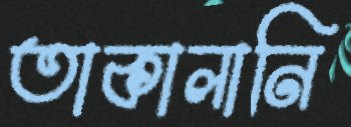
তাকালানি